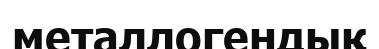
металлогендық